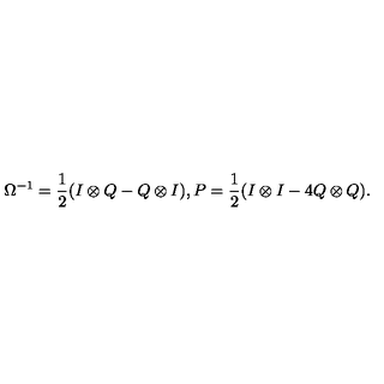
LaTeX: \Omega ^ { - 1 } = \frac { 1 } { 2 } ( I \otimes Q - Q \otimes I ) , P = \frac { 1 } { 2 } ( I \otimes I - 4 Q \otimes Q ) .